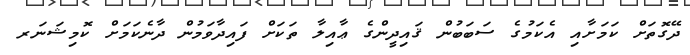
ދޭގޮތަށް ކަމަށާއި އެކަމުގެ ސަބަބުން ޤައިދީންގެ ޢާއިލާ ތަކަށް ފައިދާވަމުން ދާނެކަމަށް ކޮމިޝަނަރ